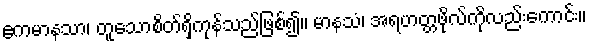
ဧကမာနသာ၊ တူသောစိတ်ရှိကုန်သည်ဖြစ်၍။ မာနသံ၊ အရဟတ္တဖိုလ်ကိုလည်းကောင်း။